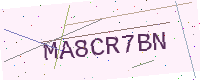
Text: MA8CR7BN